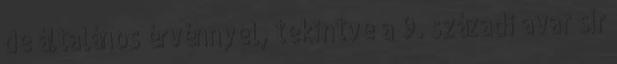
de általános érvénnyel, tekintve a 9. századi avar sír